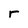
Character: r